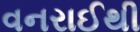
વનરાઈથી